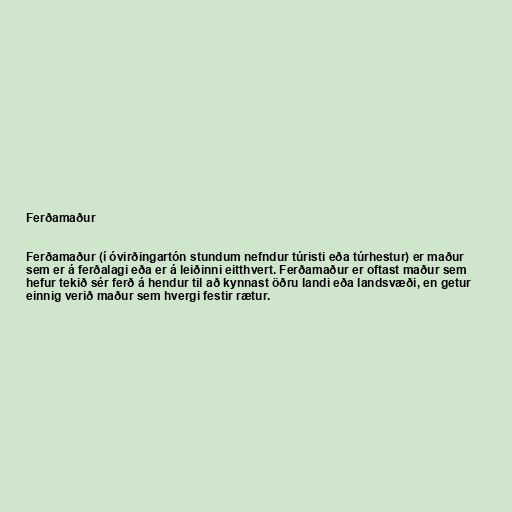
Ferðamaður

Ferðamaður (í óvirðingartón stundum nefndur túristi eða túrhestur) er maður
sem er á ferðalagi eða er á leiðinni eitthvert. Ferðamaður er oftast maður sem
hefur tekið sér ferð á hendur til að kynnast öðru landi eða landsvæði, en getur
einnig verið maður sem hvergi festir rætur.